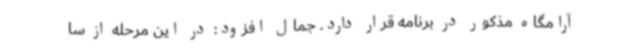
آرامگاه مذکور در برنامه قرار دارد. جمال افزود: در این مرحله از سا